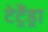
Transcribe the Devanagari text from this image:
टेट्रैंड्रा